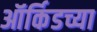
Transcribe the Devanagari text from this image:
ऑर्किडच्या